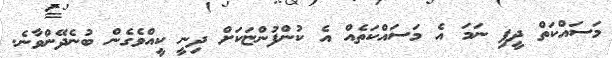
މަސައްކަތް ދީފި ނަމަ އެ މަސައްކަތެއް އެ ކުންފުންޏަކަށް ދިނީ ކީއްވެގެން ބުނެދޭންވާނެ.